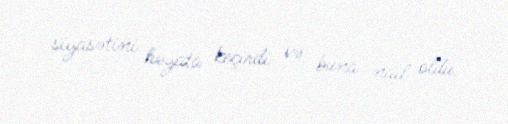
siyasətini həyata keçirdi və buna nail oldu.